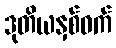
ဒုတိယနှစ်ဝက်